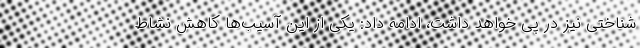
شناختی نیز در پی خواهد داشت، ادامه داد: یکی از این آسیب‌ها کاهش نشاط